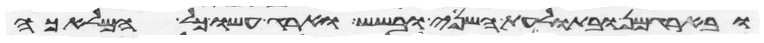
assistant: ובארגמן ובתולעת השני ובשש וארג עשו כל המלאכה